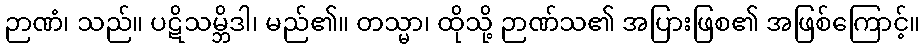
ဉာဏံ၊ သည်။ ပဋိသမ္ဘိဒါ၊ မည်၏။ တသ္မာ၊ ထိုသို့ ဉာဏ်သ၏ အပြားဖြစ၏ အဖြစ်ကြောင့်။